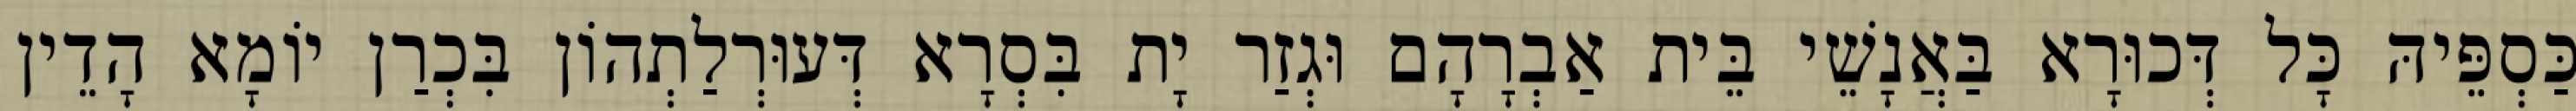
כַּסְפֵּיהּ כָּל דְּכוּרָא בַּאֲנָשֵׁי בֵּית אַבְרָהָם וּגְזַר יָת בִּסְרָא דְּעוּרְלַתְהוֹן בִּכְרַן יוֹמָא הָדֵין